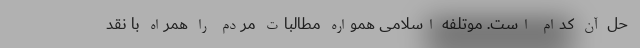
حل آن کدام است. موتلفه اسلامی همواره مطالبات مردم را همراه با نقد